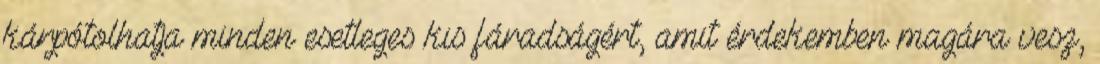
kárpótolhatja minden esetleges kis fáradságért, amit érdekemben magára vesz,